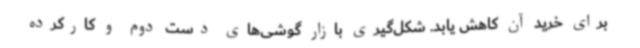
برای خرید آن کاهش یابد. شکل‌گیری بازار گوشی‌های دست دوم و کارکرده